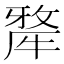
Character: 𤛆